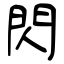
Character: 閃